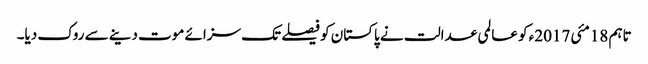
تاہم 18مئی 2017ء کو عالمی عدالت نے پاکستان کو فیصلے تک سزائے موت دینے سے روک دیا۔